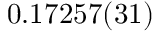
0 . 1 7 2 5 7 ( 3 1 )